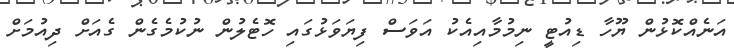
އަނެއްކޮޅުން ޔޫހާ ޑިއުޓީ ނިމުމާއިއެކު އަވަސް ފިޔަވަޅުގައި ހޮޓެލުން ނުކުމެގެން ގެއަށް ދިއުމަށް